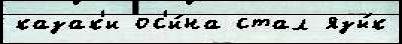
казак'и ос'и́на стал язы́к